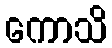
ကောသိ